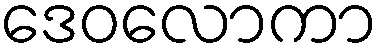
ဒေဝလောကာ